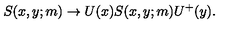
S ( x , y ; m ) \rightarrow U ( x ) S ( x , y ; m ) U ^ { + } ( y ) .